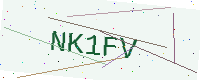
Text: NK1FV